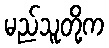
မည်သူတို့က